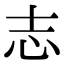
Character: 志